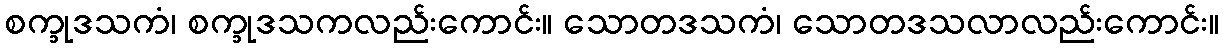
စက္ခုဒသကံ၊ စက္ခုဒသကလည်းကောင်း။ သောတဒသကံ၊ သောတဒသလာလည်းကောင်း။